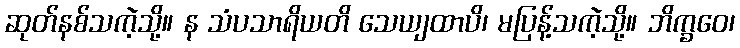
ဆုတ်နစ်သကဲ့သို့။ န သံပသာရိယတိ သေယျထာပိ၊ မပြန့်သကဲ့သို့။ ဘိက္ခဝေ၊